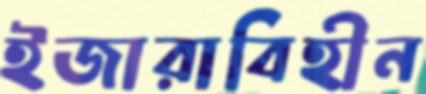
ইজারাবিহীন